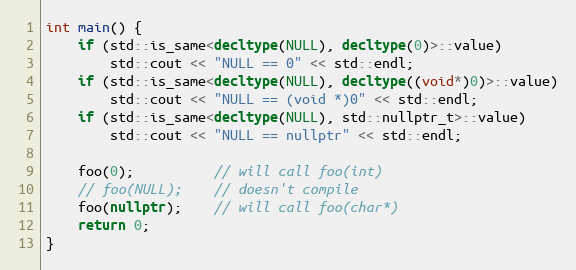
Language: C++
int main() {
    if (std::is_same<decltype(NULL), decltype(0)>::value)
        std::cout << "NULL == 0" << std::endl;
    if (std::is_same<decltype(NULL), decltype((void*)0)>::value)
        std::cout << "NULL == (void *)0" << std::endl;
    if (std::is_same<decltype(NULL), std::nullptr_t>::value)
        std::cout << "NULL == nullptr" << std::endl;

    foo(0);          // will call foo(int)
    // foo(NULL);    // doesn't compile
    foo(nullptr);    // will call foo(char*)
    return 0;
}